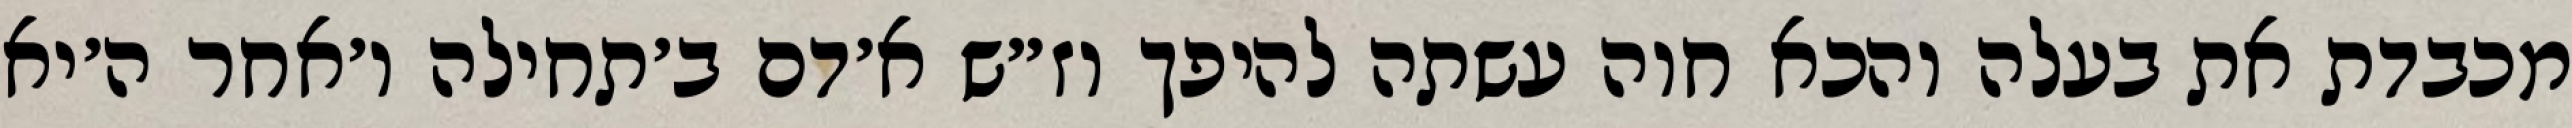
מכבדת את בעלה והכא חוה עשתה להיפך וז״ש א׳דם ב׳תחילה ו׳אחר ה׳יא